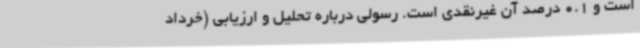
است و 0.1 درصد آن غیرنقدی است. رسولی درباره تحلیل و ارزیابی (خرداد